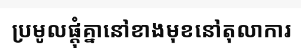
ប្រមូលផ្តុំគ្នានៅខាងមុខនៅតុលាការ